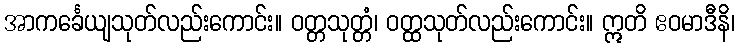
အာကင်္ခေယျသုတ်လည်းကောင်း။ ဝတ္တသုတ္တံ၊ ဝတ္ထသုတ်လည်းကောင်း။ ဣတိ ဧဝမာဒီနိ၊